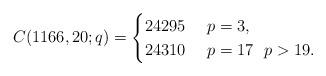
LaTeX: \begin{align*}C(1166,20;q)=\begin{cases}24295&\ p=3,\cr24310&\ p=17\ \ p>19.\end{cases}\end{align*}